[Report on the health of British troops in the Madras command]
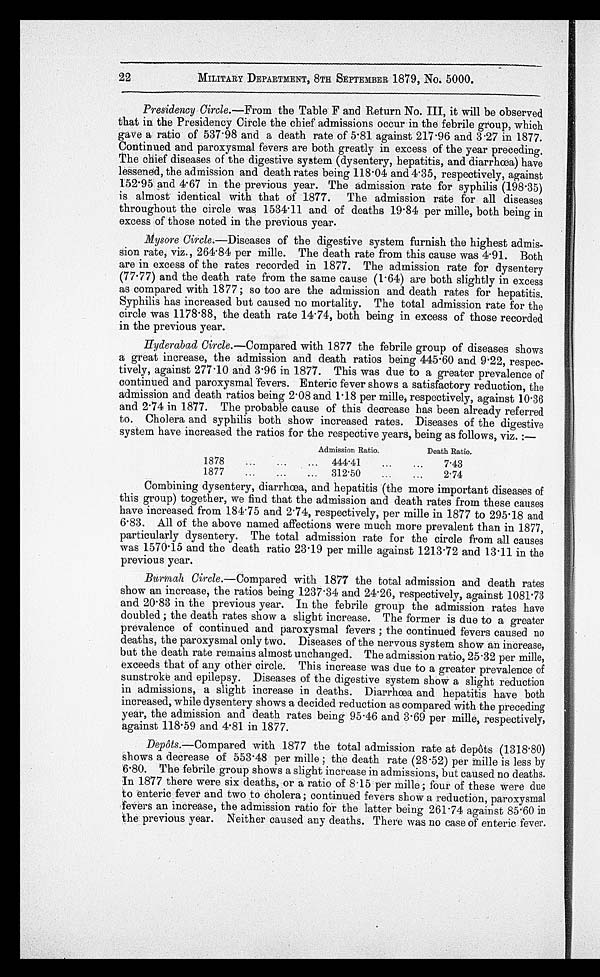
22
MILITARY DEPARTMENT, 8TH SEPTEMBER 1879, No. 5000.
Presidency Circle.—From the Table F and Return No. III, it will be observed
that in the Presidency Circle the chief admissions occur in the febrile group, which
gave a ratio of 537.98 and a death rate of 5.81 against 217.96 and 3.27 in 1877.
Continued and paroxysmal fevers are both greatly in excess of the year preceding.
The chief diseases of the digestive system (dysentery, hepatitis, and diarrhœa) have
lessened, the admission and death rates being 118.04 and 4.35, respectively, against
152.95 and 4.67 in the previous year. The admission rate for syphilis (198.35)
is almost identical with that of 1877. The admission rate for all diseases
throughout the circle was 1534.11 and of deaths 19.84 per mille, both being in
excess of those noted in the previous year.
Mysore Circle .—Diseases of the digestive system furnish the highest admis-
sion rate, viz. , 264. 84 per mille. The death rate from this cause was 4. 91. Both
are in excess of the rates recorded in 1877. The admission rate for dysentery
(77.77) and the death rate from the same cause (1.64) are both slightly in excess
as compared with 1877 ; so too are the admission and death rates for hepatitis.
Syphilis has increased but caused no mortality. The total admission rate for the
circle was 1178.88, the death rate 14.74, both being in excess of those recorded
in the previous year.
Hyderabad Circle.—Compared with 1877 the febrile group of diseases shows
a great increase, the admission and death ratios being 445.60 and 9.22, respec-
tively, against 277.10 and 3.96 in 1877. This was due to a greater prevalence of
continued and paroxysmal fevers. Enteric fever shows a satisfactory reduction, the
admission and death ratios being 2.08 and 1.18 per mille, respectively, against 10.36
and 2.74 in 1877. The probable cause of this decrease has been already referred
to. Cholera and syphilis both show increased rates. Diseases of the digestive
system have increased the ratios for the respective years, being as follows, viz. :—
Admission Ratio.
Death Ratio.
1878
...
... 444.41
...
...
7.43
1877
...
...
... 312.50
...
. . .
2.74
Combining dysentery, diarrhœa, and hepatitis (the more important diseases of
this group) together, we find that the admission and death rates from these causes
have increased from 184.75 and 2.74, respectively, per mille in 1877 to 295.18 and
6.83. All of the above named affections were much more prevalent than in 1877,
particularly dysentery. The total admission rate for the circle from all causes
was 1570.15 and the death ratio 23.19 per mille against 1213.72 and 13.11 in the
previous year.
Burmah Circle .—Compared with 1877 the total admission and death rates
show an increase, the ratios being 1237.34 and 24.26, respectively, against 1081.73
and 20.83 in the previous year. In the febrile group the admission rates have
doubled ; the death rates show a slight increase. The former is due to a greater
prevalence of continued and paroxysmal fevers ; the continued fevers caused no
deaths, the paroxysmal only two. Diseases of the nervous system show an increase,
but the death rate remains almost unchanged. The admission ratio, 25.32 per mille,
exceeds that of any other circle. This increase was due to a greater prevalence of
sunstroke and epilepsy. Diseases of the digestive system show a slight reduction
in admissions, a slight increase in deaths. Diarrhœa and hepatitis have both
increased, while dysentery shows a decided reduction as compared with the preceding
year, the admission and death rates being 95.46 and 3.69 per mille, respectively,
against 118.59 and 4.81 in 1877.
Depôts .—Compared with 1877 the total admission rate at depôts (1318.80)
shows a decrease of 553.48 per mille ; the death rate (28.52) per mille is less by
6.80. The febrile group shows a slight increase in admissions, but caused no deaths.
In 1877 there were six deaths, or a ratio of 8.15 per mille ; four of these were due
to enteric fever and two to cholera; continued fevers show a reduction, paroxysmal
f e v e r s a n i n c r e a s e , t h e a d m i s s i o n r a t i o f o r t h e l a t t e r b e i n g 2 6 1 . 7 4 a g a i n s t 8 5 . 6 0 i n
the previous year. Neither caused any deaths. There was no case of enteric fever.